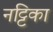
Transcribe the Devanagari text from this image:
नट्टिका